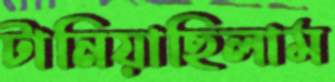
টানিয়াছিলাম